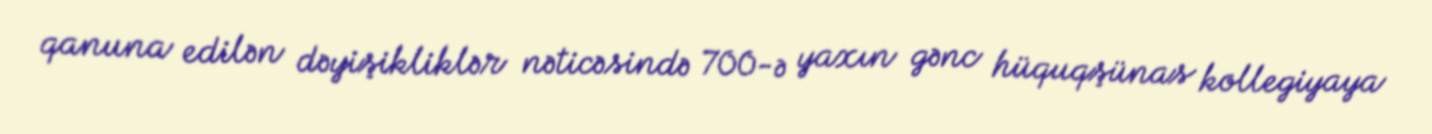
qanuna edilən dəyişikliklər nəticəsində 700-ə yaxın gənc hüquqşünas kollegiyaya